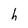
Character: h